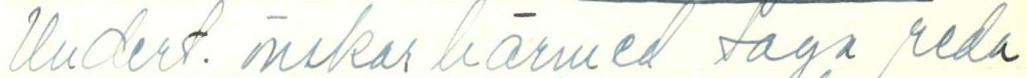
Undert. önskar härmed taga reda